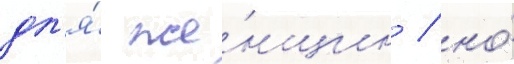
дл'я́ же́нщин / но́